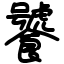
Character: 饕